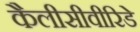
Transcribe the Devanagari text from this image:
कैलीसीवीरिडे